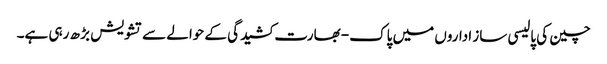
چین کی پالیسی ساز اداروں میں پاک- بھارت کشیدگی کے حوالے سے تشویش بڑ ھ رہی ہے۔